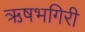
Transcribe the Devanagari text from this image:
ऋषभगिरी